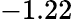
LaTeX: -1.22